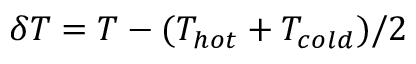
\delta T = T - ( T _ { h o t } + T _ { c o l d } ) / 2